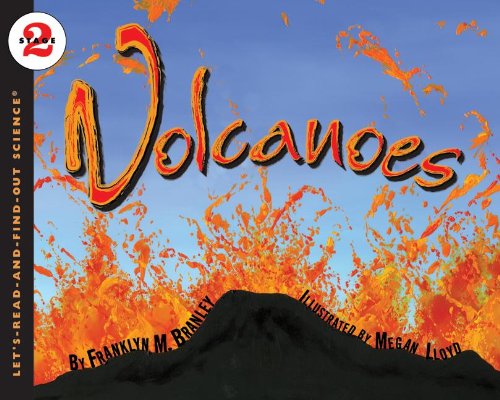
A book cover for Volcanoes (Let's-Read-and-Find-Out Science 2); Franklyn M. Branley; Children's Books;